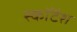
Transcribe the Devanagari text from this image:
स्कॉटैश